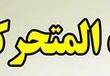
المتحر